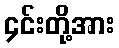
၄င်းတို့အား